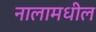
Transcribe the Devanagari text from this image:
नालामधील